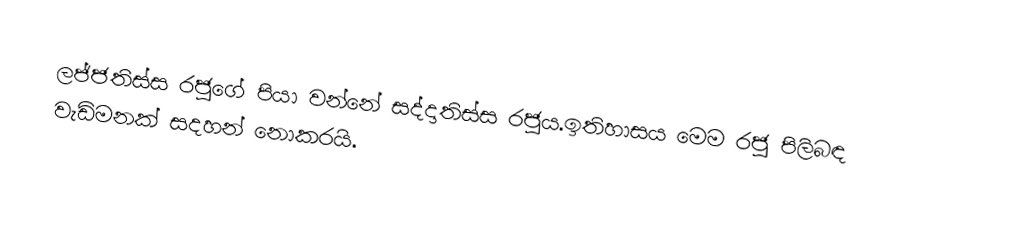
ලජ්ජතිස්ස රජුගේ පියා වන්නේ සද්දාතිස්ස රජුය.ඉතිහාසය  මෙම රජු පිලිබඳ වැඩිමනක් සදහන් නොකරයි.